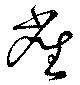
雀